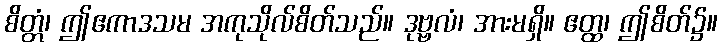
စိတ္တံ၊ ဤဧကာဒသမ အကုသိုလ်စိတ်သည်။ ဒုဗ္ဗလံ၊ အားမရှိ။ ဧတ္ထ၊ ဤစိတ်၌။